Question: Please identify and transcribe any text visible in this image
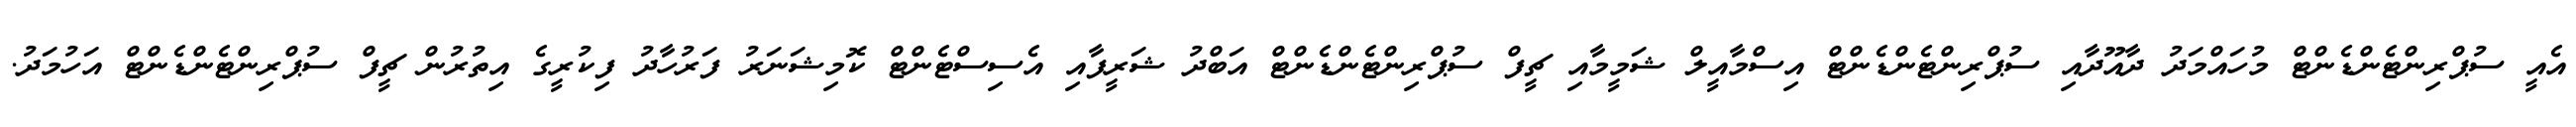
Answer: އެއީ ސުޕްރިންޓެންޑެންޓް މުހައްމަދު ދާއޫދާއި ސުޕްރިންޓެންޑެންޓް އިސްމާއީލް ޝަމީމާއި ޗީފް ސުޕްރިންޓެންޑެންޓް އަބްދު ޝަރީފާއި އެސިސްޓެންޓް ކޮމިޝަނަރު ފަރުހާދު ފިކުރީގެ އިތުރުން ޗީފް ސުޕްރިންޓެންޑެންޓް އަހުމަދު.